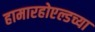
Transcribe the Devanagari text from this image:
हामारहोएल्डच्या